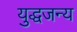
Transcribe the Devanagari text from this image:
युद्धजन्‍य